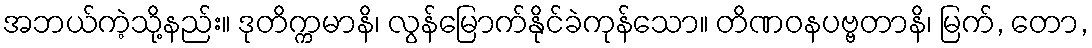
အဘယ်ကဲ့သို့နည်း။ ဒုတိက္ကမာနိ၊ လွန်မြောက်နိုင်ခဲကုန်သော။ တိဏဝနပဗ္ဗတာနိ၊ မြက်, တော,